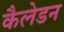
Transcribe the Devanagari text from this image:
कैलेडन